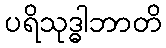
ပရိသုဒ္ဓါဘာတိ